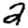
Digit: 2